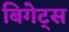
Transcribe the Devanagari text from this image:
बिगेट्स